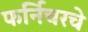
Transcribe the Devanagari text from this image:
फर्निचरचे